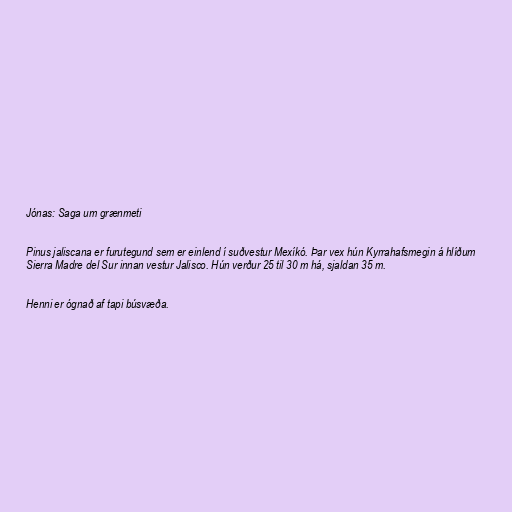
Jónas: Saga um grænmeti

Pinus jaliscana er furutegund sem er einlend í suðvestur Mexíkó. Þar vex hún Kyrrahafsmegin á hlíðum
Sierra Madre del Sur innan vestur Jalisco. Hún verður 25 til 30 m há, sjaldan 35 m.

Henni er ógnað af tapi búsvæða.